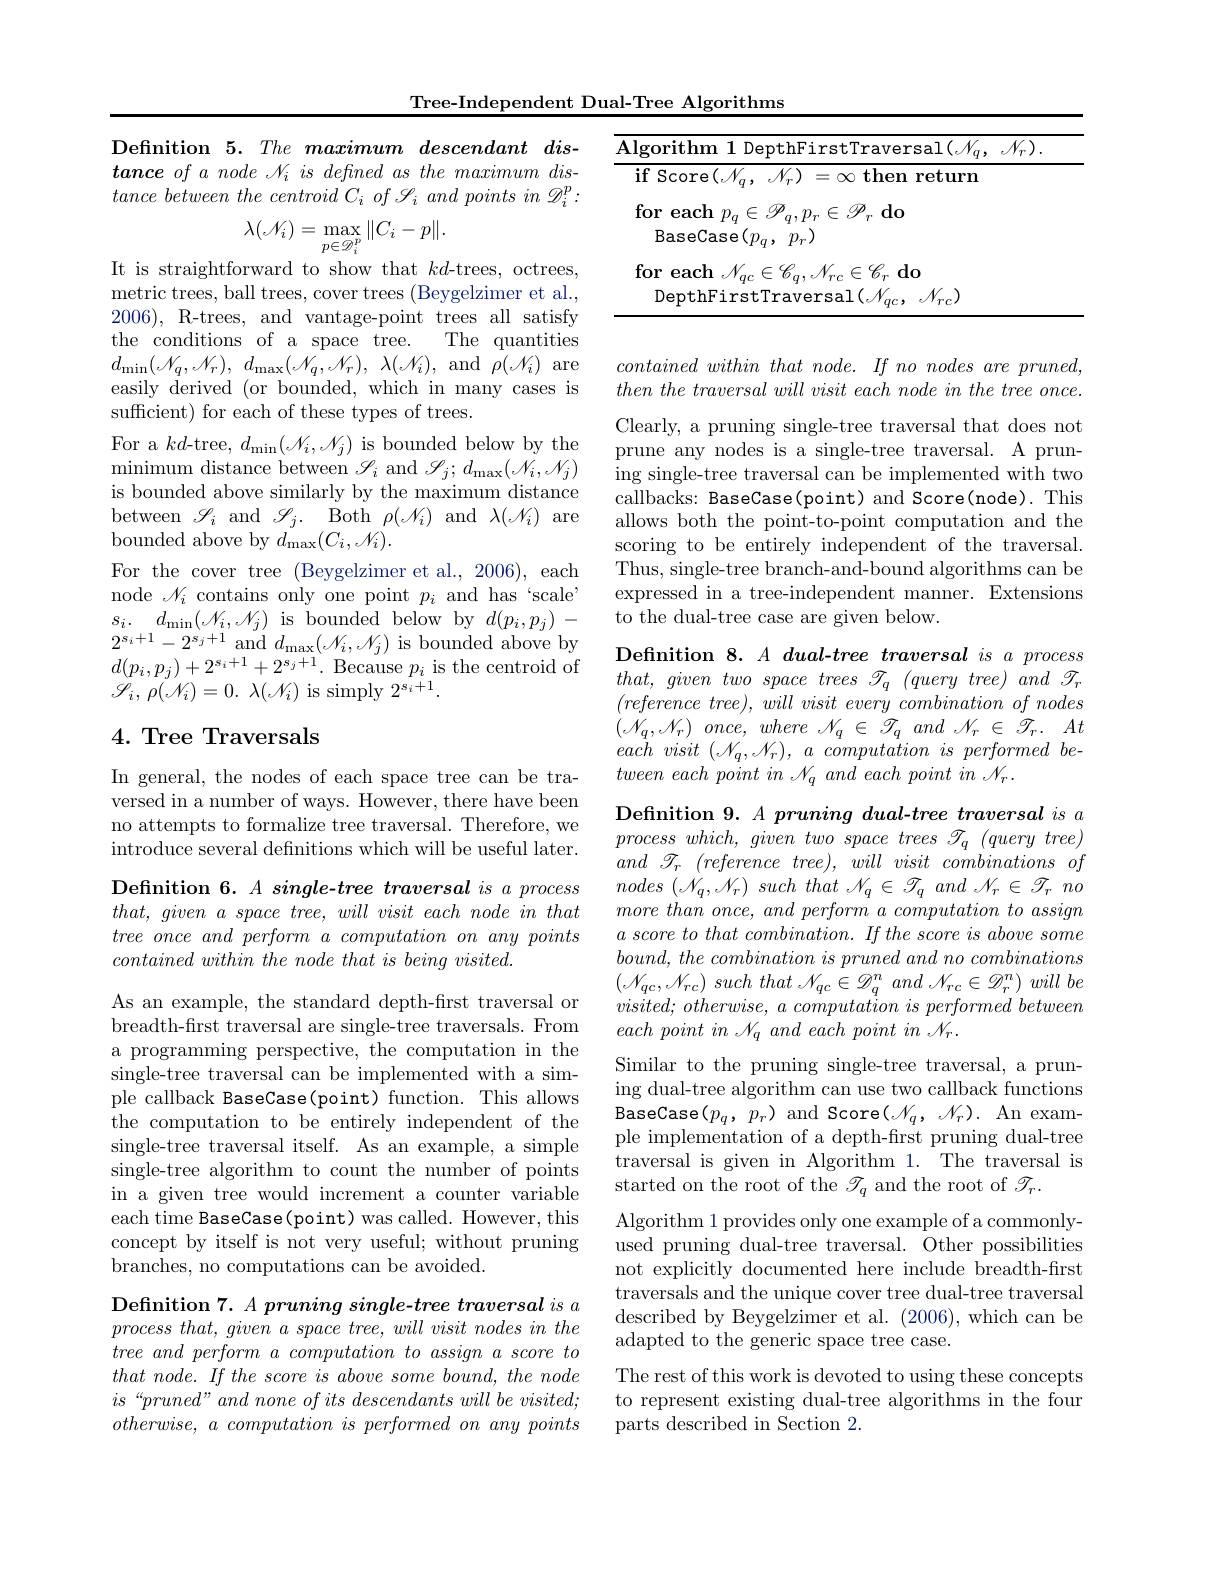
Tree-Independent Dual-Tree Algorithms

Defnition 5. The maximum descendant dis- $tanceofanode\mathscr{N} _iis\textit{ defined as the maximum dis- }$ $tance\textit{between the centroid C}_{i}\textit{of S}_{i}\textit{and points in D}_{i}^{p}:$
$$\lambda(\mathcal{N}_{i})=\max_{p\in\mathcal{D}_{i}^{p}}\|C_{i}-p\|.$$
It is straightforward to show that $kd$-trees, octrees,

metric trees, ball trees, cover trees (Beygelzimer et al., 2006), R-trees, and vantage-point trees all satisfy the conditions of a space tree. The quantities $d_{\operatorname* { min} }( \mathcal{N} _{q}, \mathcal{N} _{r}) $, $d_{\operatorname* { max} }( \mathcal{N} _{q}, \mathcal{N} _{r}) $, $\lambda ( \mathcal{N} _{i}) $, and $\rho(\mathcal{N}_{i})$ are easily derived (or bounded, which in many cases is sufficient) for each of these types of trees.
For a $kd$-tree, $d_\mathrm{min}(\mathcal{N}_i,\mathcal{N}_j)$ is bounded below by the $\operatorname*{minimum}$ distance between $\mathscr{L}_i$ and $\mathscr{L}_j;d_\max(\mathscr{N}_i,\mathscr{N}_j)$ is bounded above similarly by the maximum distance between $\mathscr{I}_i$ and $\mathscr{I} _j.$ Both $\rho(\mathscr{N}_i)$ and $\lambda(\mathscr{N}_i)$ are bounded above by $d_{\mathrm{max}}(C_i,\mathcal{N}_i).$
For the cover tree (Beygelzimer et al.,2006), each node $\mathscr{N}_i$ contains only one point $p_i$ and has ‘scale’ $s_{i}.$ $d_{\operatorname* { min} }( \mathcal{N} _{i}, \mathcal{N} _{j})$ is bounded below by $d(p_{i},p_{j})-$ $2^{s_i+ 1}- 2^{s_j+ 1}$ and $d_{\max }( \mathscr{I} _i, \mathscr{I} _j)$ is bounded above by $d( p_i, p_j) + 2^{s_i+ 1}+ 2^{s_j+ 1}.$ Because $p_i$ is the centroid of $\textbf{Definition 8. }A\textit{dual- tree traversal is a process}$ $that, aiven$ $twosmoce trees \mathscr{T} _{n}( aueru$ $tree) and \mathscr{T}$
$\mathscr{S} _{i}, \rho ( \mathscr{N} _{i}) = 0.$ $\lambda ( \mathscr{N} _{i})$ is simply $2^{s_{i}+1}.$

## 4. Tree Traversals

In general, the nodes of each space tree can be traversed in a number of ways. However, there have been no attempts to formalize tree traversal. Therefore, we introduce several definitions which will be useful later.

Definition 6. A single-tree traversal is a process $that$, given $a$ space $tree$, will visit each node $in$ that $tree\textit{ once and perform a computation on any points}$ $containedwithin\textit{ the node that is being visited. }$

As an example, the standard depth-first traversal or breadth-first traversal are single-tree traversals. From a programming perspective, the computation in the single-tree traversal can be implemented with a simple callback BaseCase(point) function. This allows the computation to be entirely independent of the single-tree traversal itself. As an example, a simple single-tree algorithm to count the number of points in a given tree would increment a counter variable each time BaseCase(point) was called. However, this concept by itself is not very useful; without pruning branches, no computations can be avoided.

Definition $7. \textit{ A pruning single- tree traversal is a}$ $process\textit{ that, given a space tree, will visit nodes in the}$ $tree\textit{ and perform a computation to assign a score to}$ that $node.$ $If$ the score $is$ above some $bound$, the node $is“pruned”and$ none of its descendants will be visited; $otherwise, a\textit{ computation is performed on any points}$

<table>
	<tbody>
		<tr>
			<td>12</td>
			<td>Algorithm 1 DepthFirstTraversal( M) </td>
		</tr>
		<tr>
			<td> </td>
			<td>if Score$( \mathcal{N} _q, \mathcal{N} _r)$ $= \infty$ then return</td>
		</tr>
		<tr>
			<td> </td>
			<td>DepthFirstTraversal$(\mathscr{N}_qc,\mathscr{N}_{rc})$</td>
		</tr>
	</tbody>
</table>

contained within that $node.$ $If$ $no$ nodes are $pruned$, $then\textit{ the traversal will visit each node in the tree once. }$ Clearly, a pruning single-tree traversal that does not prune any nodes is a single-tree traversal. A pruning single-tree traversal can be implemented with two callbacks: BaseCase(point) and Score(node). This allows both the point-to-point computation and the scoring to be entirely independent of the traversal. Thus, single-tree branch-and-bound algorithms can be expressed in a tree-independent manner. Extensions to the dual-tree case are given below.

$that$, given two space trees $\mathscr{T} _q$ $( query$ $tree)$ $\dot {and}$ $\mathscr{T} _r$ $( reference\textit{ tree}) , \textit{will visit every combination of nodes}$ $( \mathcal{N} _q, \mathcal{N} _r) \textit{ once, where }\mathcal{N} _q\in \mathscr{T} _q$ and $\mathcal{N}_r\in\mathscr{T}_r.At$ each visit $( \mathcal{N} _{q}, \mathcal{N} _{r}) $, $a$ computation $is$ performed $be-$ $tween~each~point~in~\mathcal{N}_q~and~each~point~in~\mathcal{N}_r.$

Definition $9. A\textit{ pruning dual- tree traversal is a}$ process $which$, given two space trees ${\mathcal{T} }_{q}$ $( query$ $tree)$ $and~\mathscr{T}_r~(reference~tree),~will~visit~combinations~of$ nodes $( \mathcal{N} _q, \mathcal{N} _r)$ such that $\mathcal{N} _q\in \mathcal{T} _q$ and $\mathcal{N} _r\in \mathcal{T} _r$ $no$ $more\textit{ than once, and perform a computation to assign}$ $a\textit{ score to that combination. If the score is above some}$ $bound, \textit{ the combination is pruned and no combinations}$ $\left ( \mathcal{N} _{qc}, \mathcal{N} _{rc}\right )$ such that $\mathcal{N} _{qc}\in \mathcal{D} _{q}^{n}$ and $\mathcal{N} _{rc}\in \mathcal{D} _{r}^{n})$ will $be$ $visited; otherwise$, $a$ computation $is$ performed between $each\textit{ point in N}_q\textit{ and each point in N}_r.$
Similar to the pruning single-tree traversal, a pruning dual-tree algorithm can use two callback functions BaseCase$(p_{q},p_{r})$ and Score$(\mathcal{N}_{q},\mathcal{N}_{r}).$ An example implementation of a depth-first pruning dual-tree traversal is given in Algorithm 1. The traversal is started on the root of the $\mathscr{T}_q$ and the root of $\mathscr{T}_r.$
Algorithm 1 provides only one example of a commonlyused pruning dual-tree traversal. Other possibilities not explicitly documented here include breadth-first traversals and the unique cover tree dual-tree traversal described by Beygelzimer et al. (2006), which can be adapted to the generic space tree case.
The rest of this work is devoted to using these concepts to represent existing dual-tree algorithms in the four

parts described in Section 2.